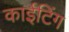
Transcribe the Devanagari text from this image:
काईटिंग